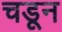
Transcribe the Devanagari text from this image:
चडून